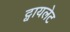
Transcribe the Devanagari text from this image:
ट्वायलेट